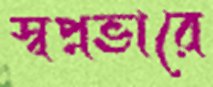
স্বপ্নভারে